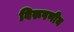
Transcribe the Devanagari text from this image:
विरूपणीय